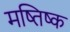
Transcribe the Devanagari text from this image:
मष्‍तिष्‍क